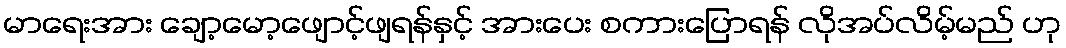
မာရေးအား ချော့မော့ဖျောင့်ဖျရန်နှင့် အားပေး စကားပြောရန် လိုအပ်လိမ့်မည် ဟု